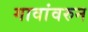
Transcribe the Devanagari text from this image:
गावांवरुन